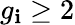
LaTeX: g_{\mathbf{i}}\geq2